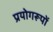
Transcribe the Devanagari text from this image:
प्रयोगरूपों